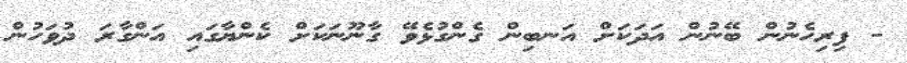
- ފިރިހެނުން ބޭނުން އަދަކަށް އަނބިން ގެންގުޅެވޭ ގާނޫނަކަށް ކެންޔާގައި އަންގާރަ ދުވަހުން